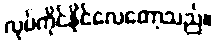
လုပ်ကိုင်နိုင်လေတော့သည်။